65_HS1-834228961_62-HQ-83894_SUB_A
Agency: FBI
Page 34
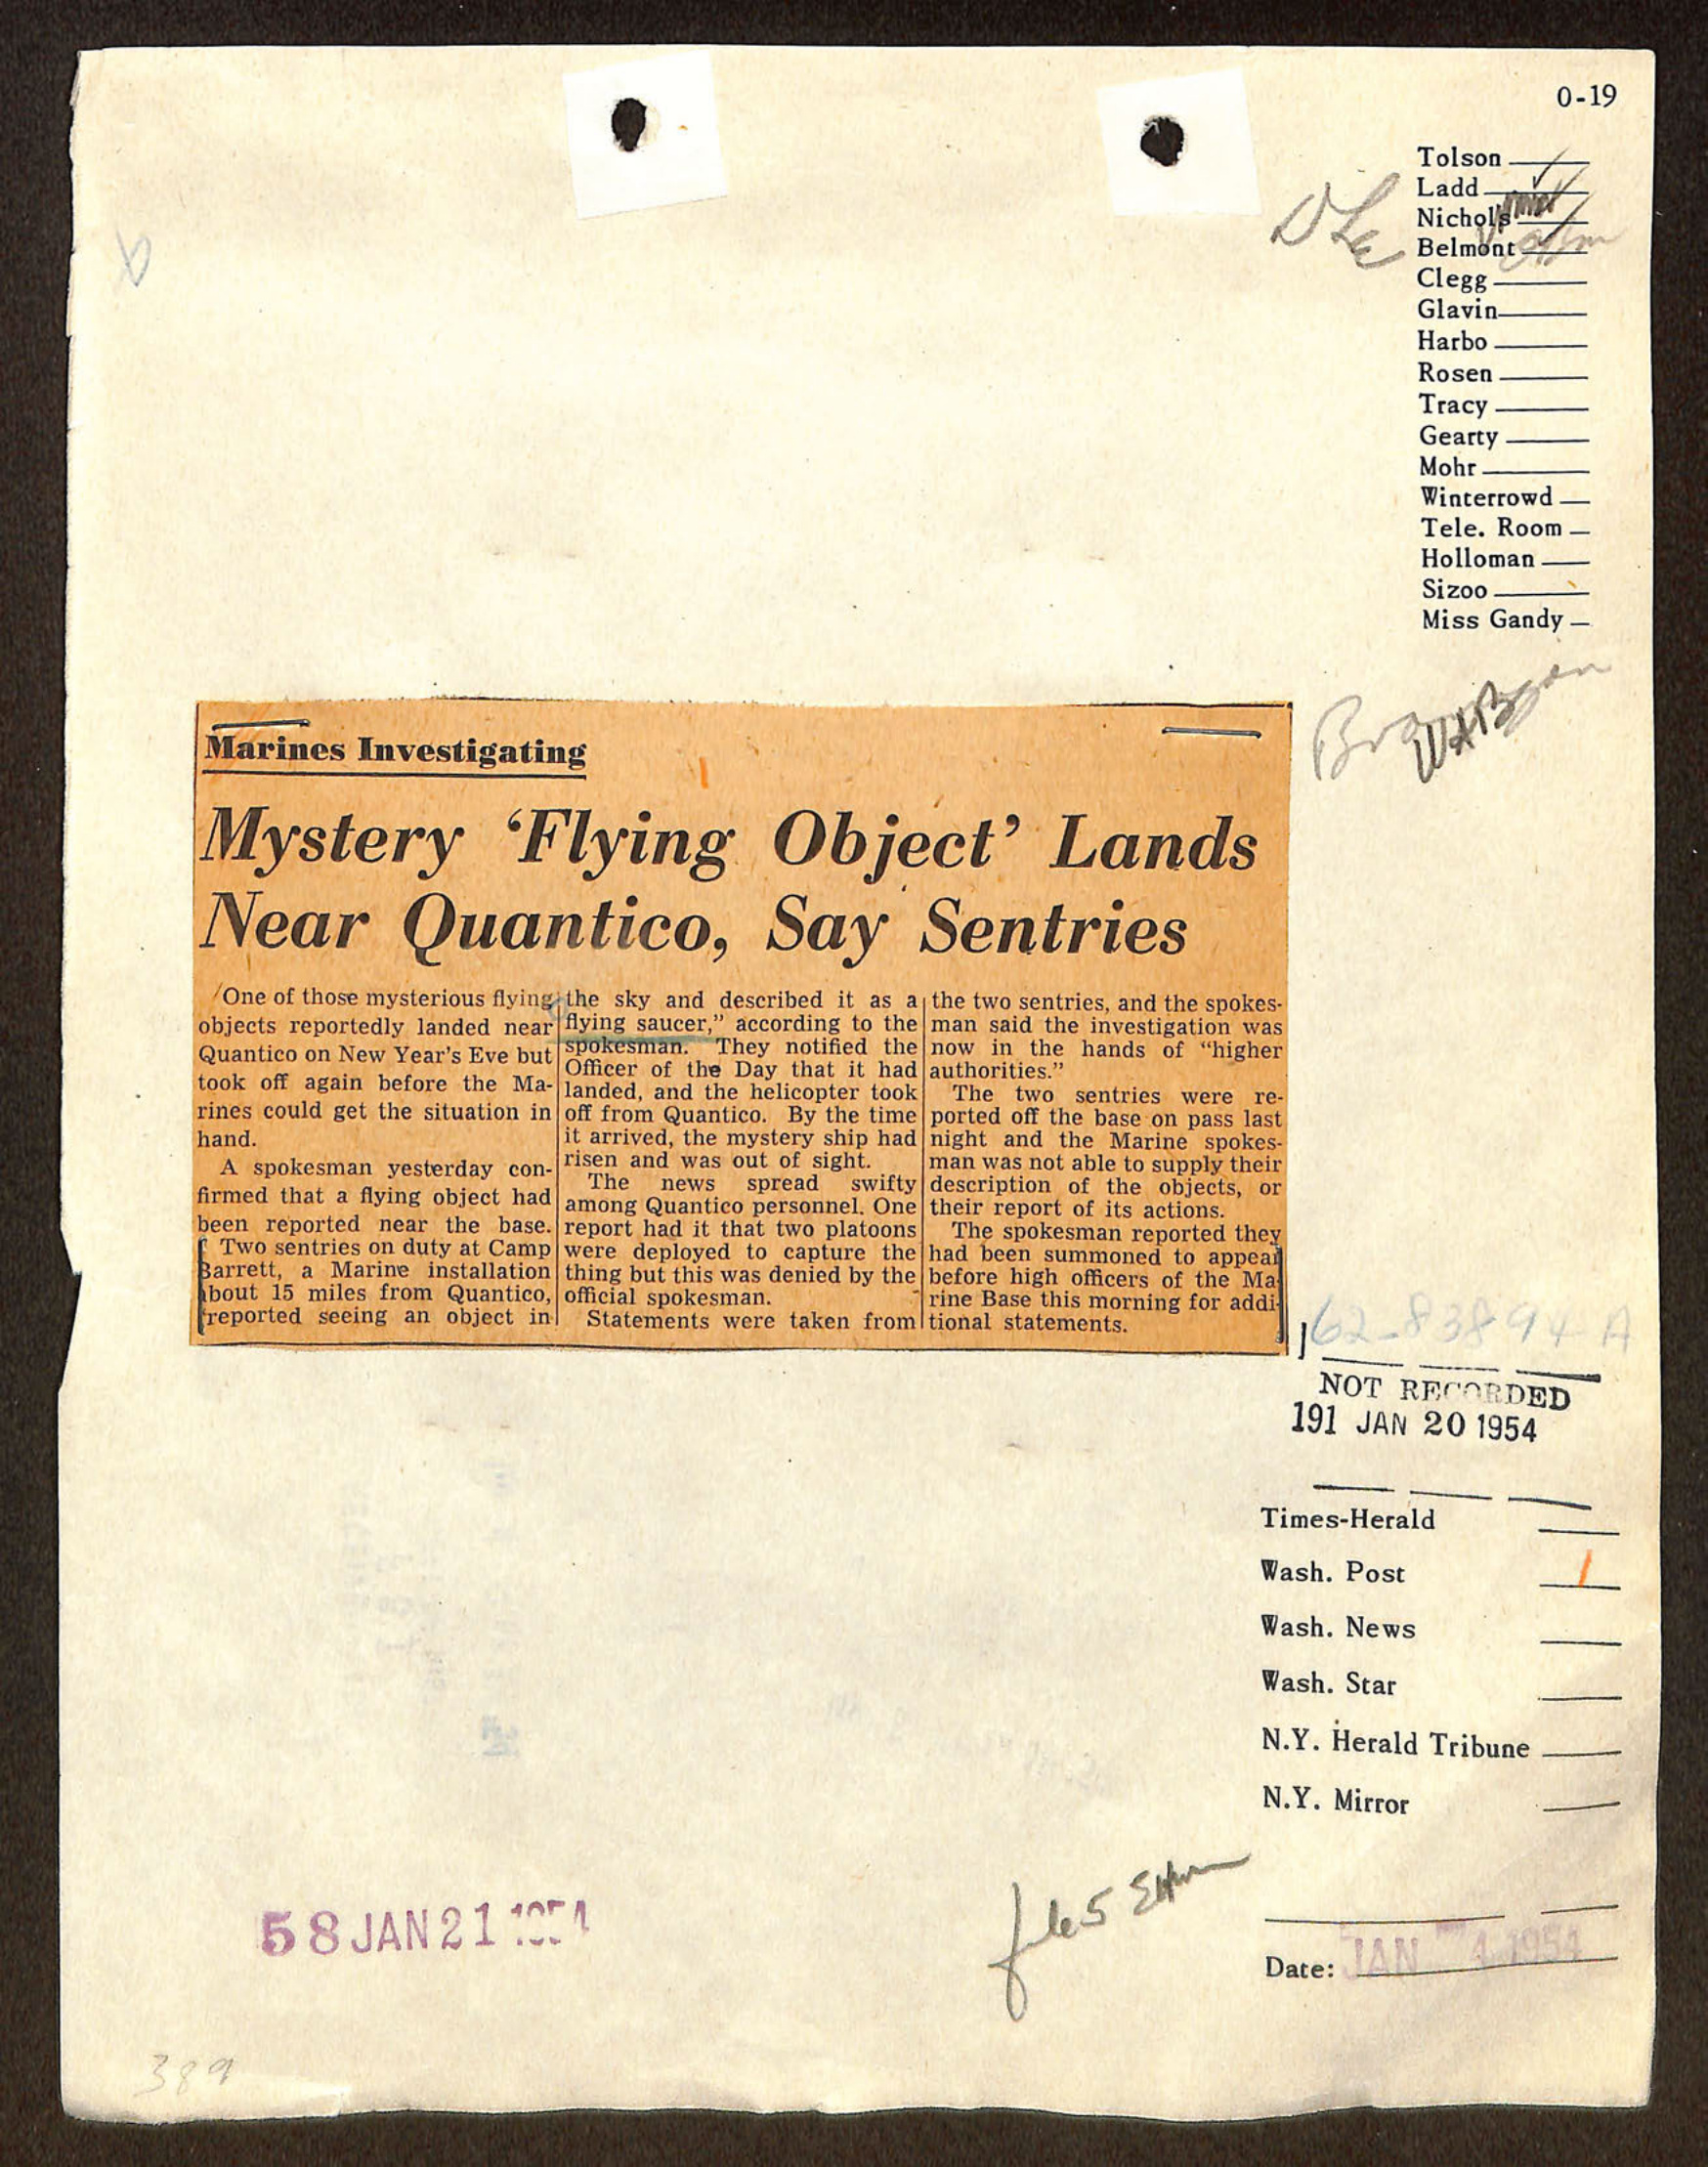